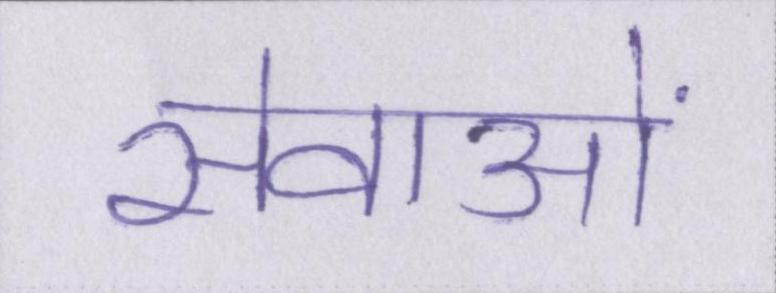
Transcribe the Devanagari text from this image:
सेवाओं